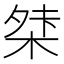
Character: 𭪖